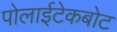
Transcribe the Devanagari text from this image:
पोलाईटेकबोट